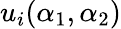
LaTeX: u_{i}(\alpha_{1},\alpha_{2})